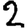
Digit: 2